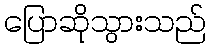
ပြောဆိုသွားသည်